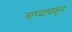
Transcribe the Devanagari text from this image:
नाग्यापासून